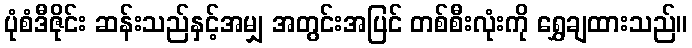
ပုံစံဒီဇိုင်း ဆန်းသည်နှင့်အမျှ အတွင်းအပြင် တစ်စီးလုံးကို ရွှေချထားသည်။